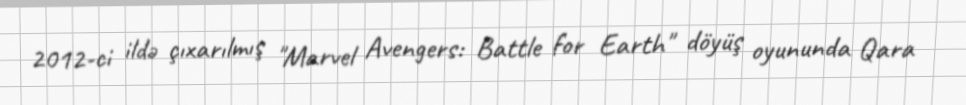
2012-ci ildə çıxarılmış "Marvel Avengers: Battle for Earth" döyüş oyununda Qara